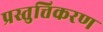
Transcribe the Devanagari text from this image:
प्रस्तुत्तिकरण